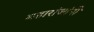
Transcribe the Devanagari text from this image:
महारांजांनी